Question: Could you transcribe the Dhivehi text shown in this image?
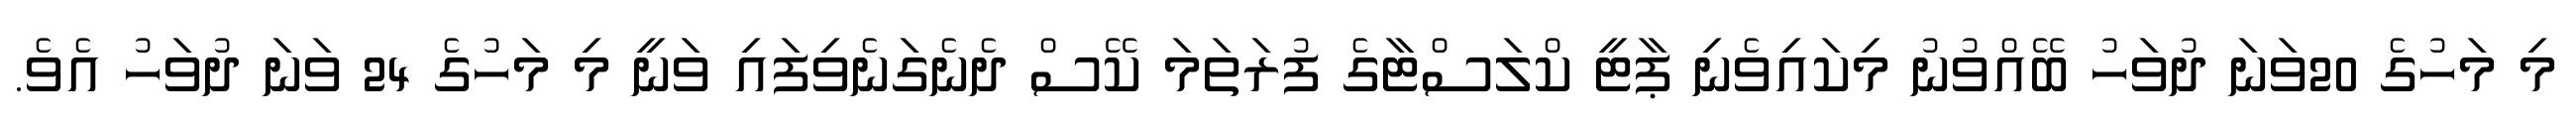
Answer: މި މަހުގެ 20ވަނަ ދުވަހު ބޭއްވުނު މިކައިވެނި ޕާޓީ ކްލަސްޓާގެ ފުރަތަމަ ކޭސް ދެނެގަނެވިފައި ވަނީ މި މަހުގެ 24 ވަނަ ދުވަހު އެވެ.